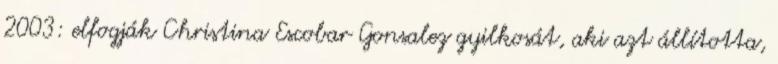
2003: elfogják Christina Escobar Gonsalez gyilkosát, aki azt állította,